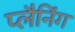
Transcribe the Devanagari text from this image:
प्लैनिंग